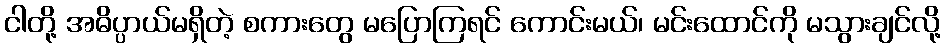
ငါတို့ အဓိပ္ပာယ်မရှိတဲ့ စကားတွေ မပြောကြရင် ကောင်းမယ်၊ မင်းထောင်ကို မသွားချင်လို့